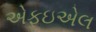
એફઇએલ